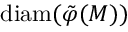
\mathrm { d i a m } ( \tilde { \varphi } ( M ) )